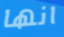
انها